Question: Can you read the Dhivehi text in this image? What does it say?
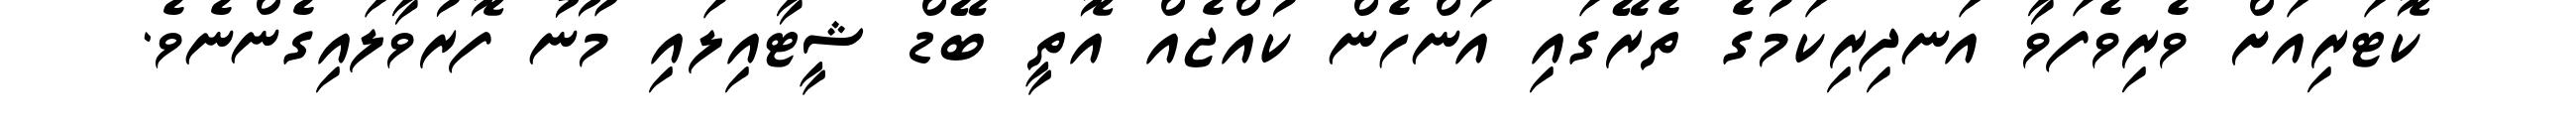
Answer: ކޮޓަރިއަށް ވެރިވެފަވާ އަނދިރިކަމުގެ ތެރޭގައި އަންހެން ކުއްޖެއް އޮތީ ބޭޑް ޝީޓާއިލައި މޫނު ފޮރުވާލައިގެންނެވެ.